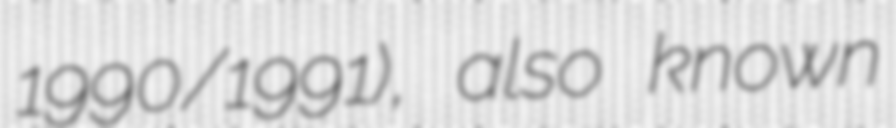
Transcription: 1990/1991), also known